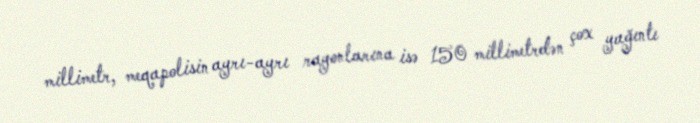
millimetr, meqapolisin ayrı-ayrı rayonlarına isə 150 millimetrdən çox yağıntı